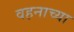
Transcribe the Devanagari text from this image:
वहनाच्या